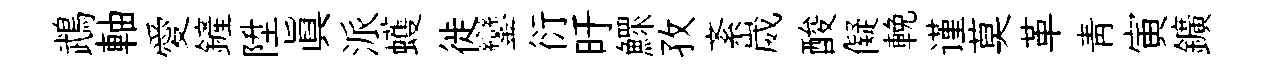
鵡軸愛鏟陞眞派蠖徙鑾衍旴鰥孜紊崴酸儗輓谨莫革靑寅鑛